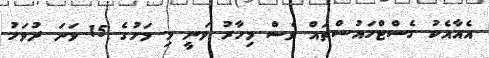
އެއާއެކު ގެސްޓްހައުސްތައް ވެސް މިހާރު ވަނީ މި މަހުގެ 15 ވަނަ ދުވަހު